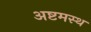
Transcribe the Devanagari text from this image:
अष्टमस्थ